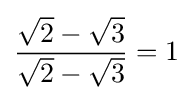
{\frac {{\sqrt {2}}-{\sqrt {3}}}{{\sqrt {2}}-{\sqrt {3}}}}=1